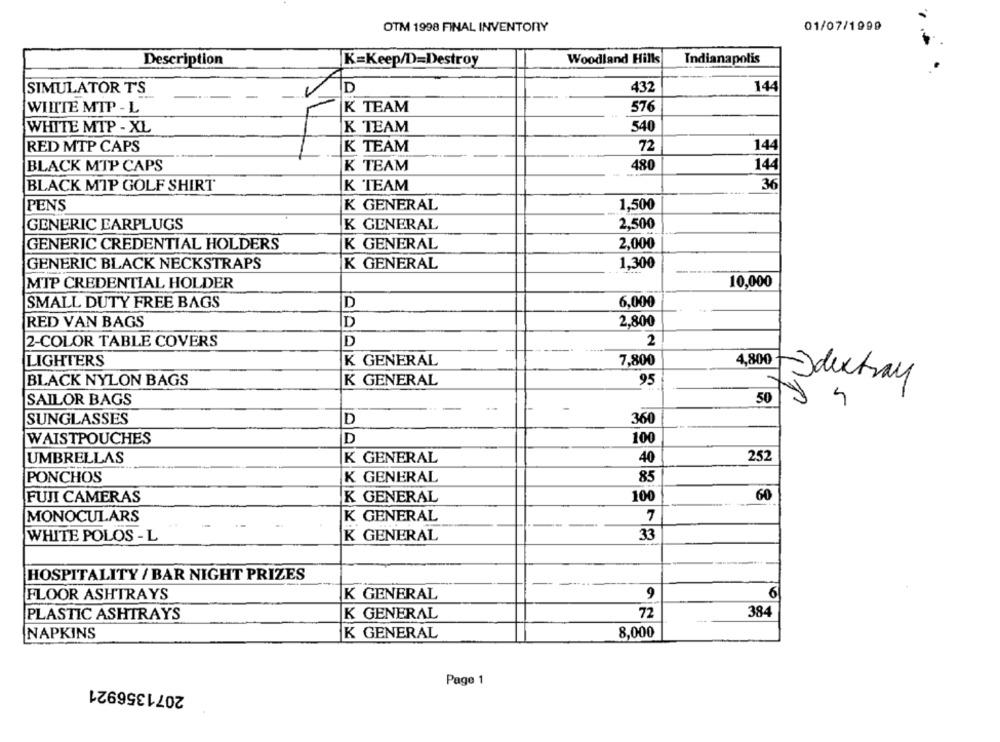
OTM 1998 FINAL INVENTORY
01/07/1999
Woodland Hills
Description
K=Keep/D=Destroy
Indianapolis
SIMULATOR TS
ID
432
144
WIIITE MIP - L
K TEAM
576
540
WHITE MTP - XL
K TEAM
RED MTP CAPS
K TEAM
72
144
----
BLACK MTP CAPS
K TEAM
480
144
36
BLACK MIP GOLF SHIRT
K TEAM
PENS
K GENERAL
1,500
GENERIC EARPLUGS
K GENERAL
2,500
2,000
GENERIC CREDENTIAL HOLDERS
K GENERAL
GENERIC BLACK NECKSTRAPS
K GENERAL
1.300
MIP CREDENTIAL HOLDER
10,000
SMALL DUTY FREE BAGS
D
6,000
RED VAN BAGS
D
2,800
2
2-COLOR TABLE COVERS
D
LIGHTERS
K GENERAL
7,800
4,800
BLACK NYLON BAGS
K GENERAL
95
Jdextray
SAILOR BAGS
50
-
SUNGLASSES
D
360
WAISTPOUCHES
D
100
UMBRELLAS
K GENERAL
40
252
PONCHOS
K GENERAL
85
100
60
FUJI CAMERAS
K GENERAL
MONOCULARS
K GENERAL
7
---
WHITE POLOS - L
K GENERAL
33
HOSPITALITY / BAR NIGHT PRIZES
6
FLOOR ASHTRAYS
K GENERAL
9
K GENERAL
72
384
PLASTIC ASHTRAYS
NAPKINS
K GENERAL
8,000
2071356921
Page 1